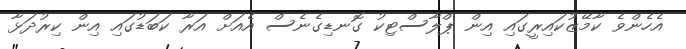
އެހެންވެ ކާމޭޒުކައިރީގައި އިން ޕްލާސްޓިކު ގޮނޑިގެނެސް އެއަށް އަރާ ކަބަޑުގައި އިން ކިރުދަޅާ